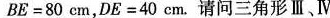
BE=80cm，DE=40cm。请问三角形Ⅲ、Ⅳ